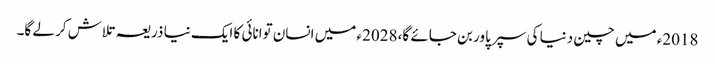
2018ء میں چین دنیا کی سپر پاور بن جائے گا، 2028ء میں انسان توانائی کا ایک نیا ذریعہ تلاش کر لے گا۔